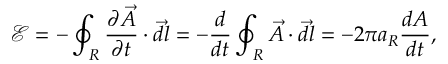
\mathcal E = - \oint _ { R } \frac { \partial \vec { A } } { \partial t } \cdot \vec { d l } = - \frac { d } { d t } \oint _ { R } \vec { A } \cdot \vec { d l } = - 2 \pi a _ { R } \frac { d A } { d t } ,